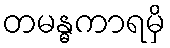
တမန္ဓကာရမှိ